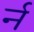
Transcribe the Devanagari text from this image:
र्न